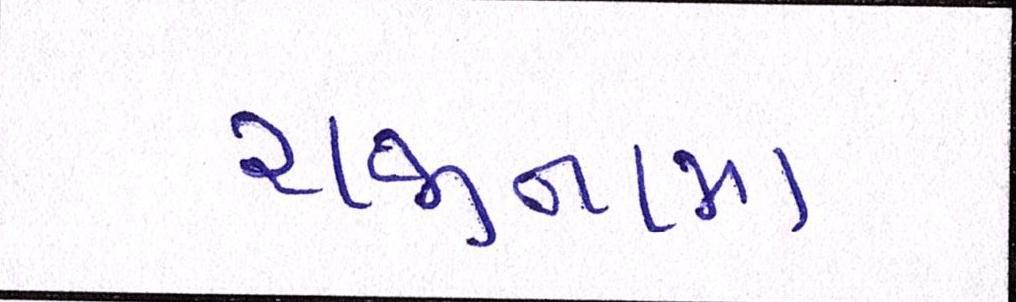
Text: રાજીનામા